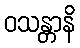
ဝသန္တာနိ